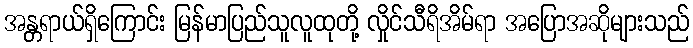
အန္တရာယ်ရှိကြောင်း မြန်မာပြည်သူလူထုတို့ လှိုင်သီရိအိမ်ရာ အပြောအဆိုများသည်